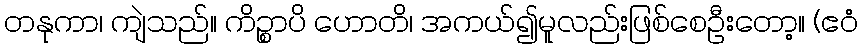
တနုကာ၊ ကျဲသည်။ ကိဉ္စာပိ ဟောတိ၊ အကယ်၍မူလည်းဖြစ်စေဦးတော့။ (ဧဝံ